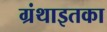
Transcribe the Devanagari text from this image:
ग्रंथाइतका